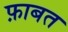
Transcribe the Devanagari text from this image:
फ़ाबत